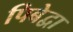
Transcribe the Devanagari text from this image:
पिबेद्वा